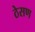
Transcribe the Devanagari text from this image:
ठेसण